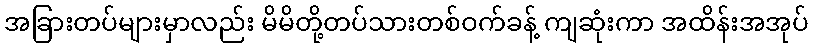
အခြားတပ်များမှာလည်း မိမိတို့တပ်သားတစ်ဝက်ခန့် ကျဆုံးကာ အထိန်းအအုပ်